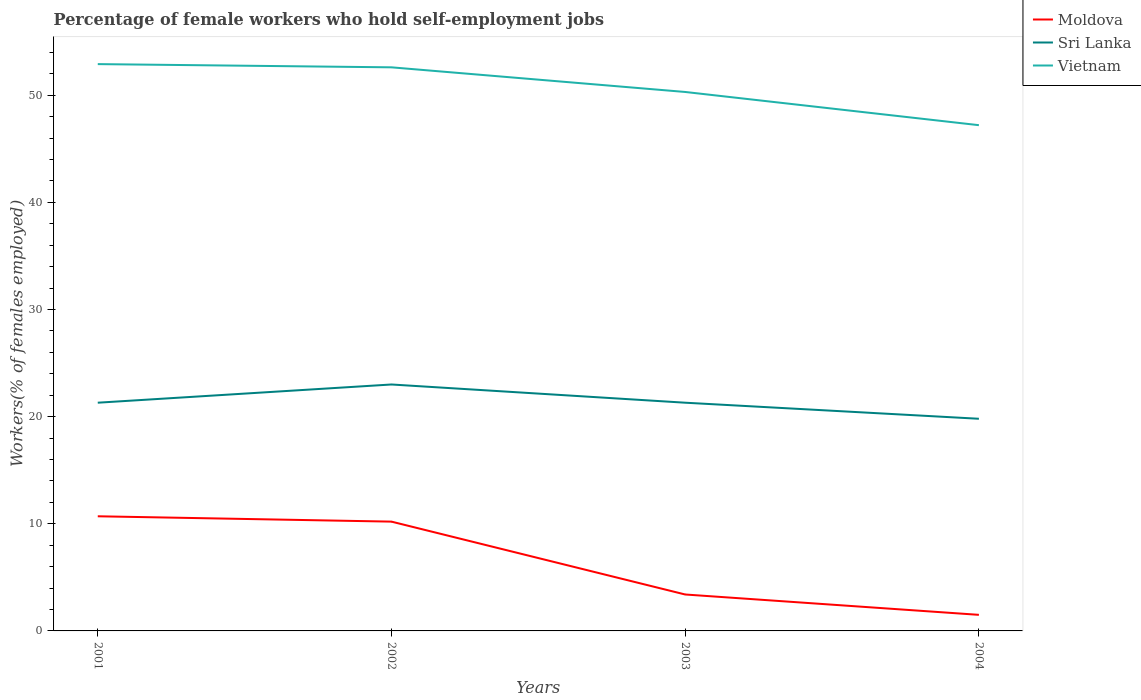
| Years | Moldova | Sri Lanka | Vietnam |
 | --- | --- | --- | --- |
 | 2001 | 10.7 | 21.3 | 52.9 |
 | 2002 | 10.2 | 23 | 52.6 |
 | 2003 | 3.4 | 21.3 | 50.3 |
 | 2004 | 1.5 | 19.8 | 47.2 |